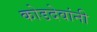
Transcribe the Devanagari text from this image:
कोडदेवांनी